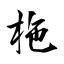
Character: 柂